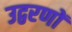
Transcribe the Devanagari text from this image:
उद्वरणों